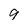
Character: 9